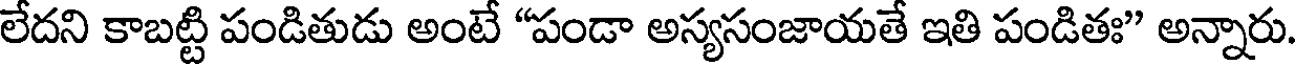
లేదని కాబట్టి పండితుడు అంటే "పండా అస్యసంజాయతే ఇతి పండితః" అన్నారు